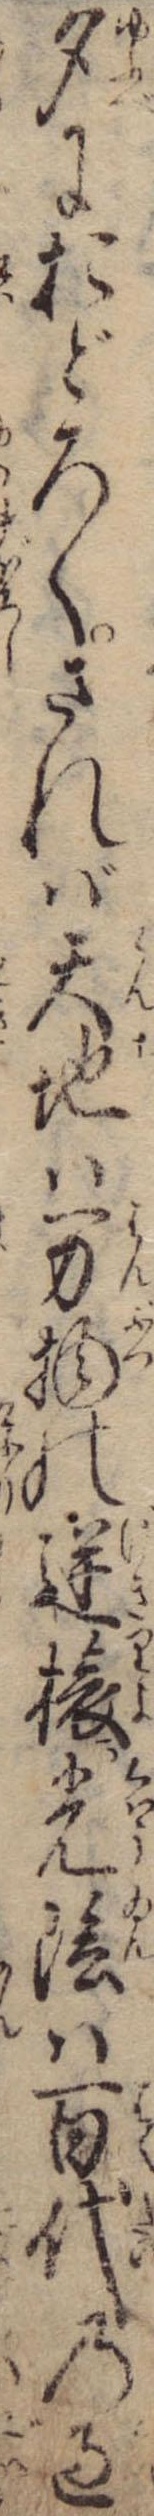
夕におどろくされば天地は万物の逆旅光陰は百代の過